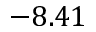
- 8 . 4 1